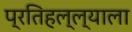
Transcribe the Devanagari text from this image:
प्रतिहल्ल्याला